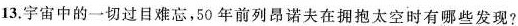
13.宇宙中的一切过目难，50年前列昂诸夫在拥抱太空时有哪些发现?